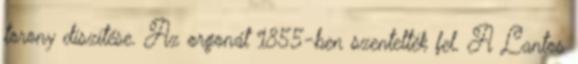
torony díszítése. Az orgonát 1855-ben szentelték fel. A Lantos